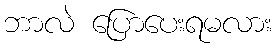
ဘာလဲ ပြောပေးရမလား